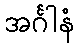
အင်္ဂါနံ